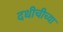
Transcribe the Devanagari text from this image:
दधीचीच्या